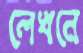
লেখনে